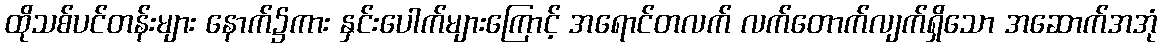
ထိုသစ်ပင်တန်းများ နောက်၌ကား နှင်းပေါက်များကြောင့် အရောင်တလက် လက်တောက်လျက်ရှိသော အဆောက်အအုံ